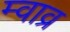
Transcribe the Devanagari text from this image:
म्वाव्र